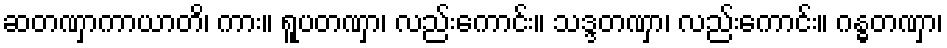
ဆတဏှာကာယာတိ၊ ကား။ ရူပတဏှာ၊ လည်းကောင်း။ သဒ္ဒတဏှာ၊ လည်းကောင်း။ ဂန္ဓတဏှာ၊